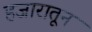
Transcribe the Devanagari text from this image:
हजारातून